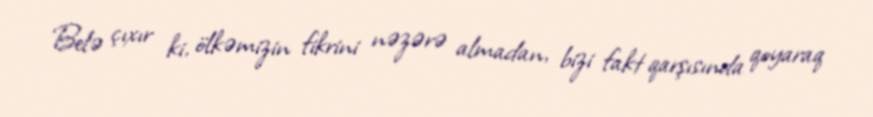
Belə çıxır ki, ölkəmizin fikrini nəzərə almadan, bizi fakt qarşısında qoyaraq